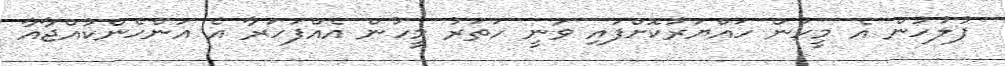
ފުލުހުން އެ މީހުން ހައްޔަރުކޮށްފައި ވަނީ ހަތަރު މީހުން އެއްފަހަރާ އެ އަންހެންކުއްޖާއާ